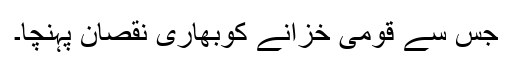
جس سے قومی خزانے کوبھاری نقصان پہنچا۔